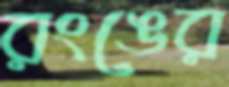
রংঙের